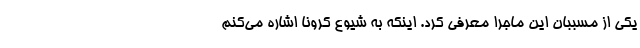
یکی از مسببان این ماجرا معرفی کرد. اینکه به شیوع کرونا اشاره می‌کنم